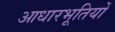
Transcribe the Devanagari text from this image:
आधारभूतियों